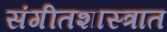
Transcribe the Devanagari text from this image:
संगीतशास्त्रात